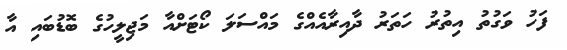
ފަހު ވަގުތު އިތުރު ހަތަރު ދާއިރާއެއްގެ މައްސަލަ ކޯޓަށްއާ މަޖިލީހުގެ ބޮޑުބައި އާ